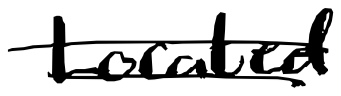
Text: Located
Cross-out: double-line
Writing tool: digital_black